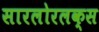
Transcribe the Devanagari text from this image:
सारलोरलक्स